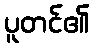
ပူတင်၏